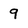
Character: 9